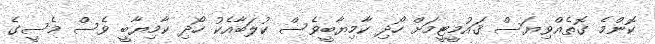
ކޮންމެ ގޮތެއްވިޔަސް ޤައުމީޓީމަށް ހޯދި ކާމިޔާބީވެސް ކުލަބާއެކު ހޯދި ކާމިޔާބީ ވެސް މެސީގެ